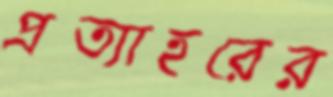
প্রত্যাহরের